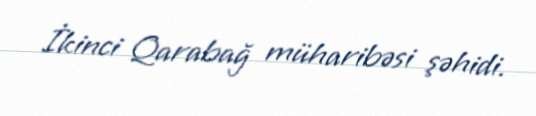
İkinci Qarabağ müharibəsi şəhidi.